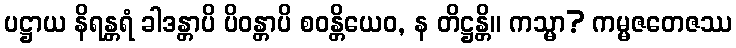
ပဋ္ဌာယ နိရန္တရံ ခါဒန္တာပိ ပိဝန္တာပိ စဝန္တိယေဝ, န တိဋ္ဌန္တိ။ ကသ္မာ? ကမ္မဇတေဇဿ